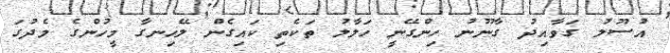
އުސޫލު ގަވާއިދު ގާނޫނު ހިންގޭނީ ހަލާލު ތަކެތި ކައިގެން ލޭހިނގާ މީހުންގެ މެދުގަ